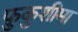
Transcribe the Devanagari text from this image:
फ़ुकुशीमा